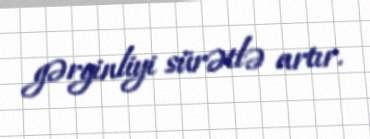
gərginliyi sürətlə artır.